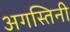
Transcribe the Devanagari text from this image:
अगस्तिनी